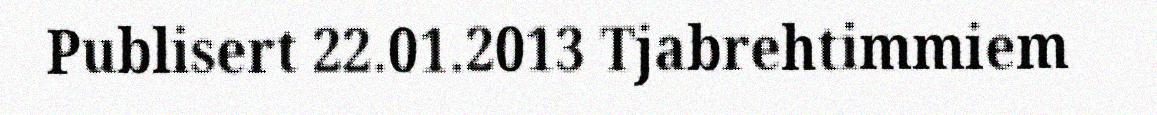
Publisert 22.01.2013 Tjabrehtimmiem